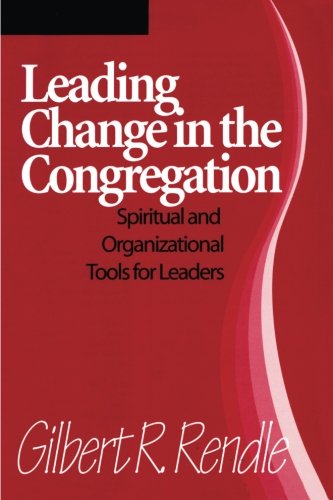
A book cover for Leading Change in the Congregation: Spiritual & Organizational Tools for Leaders; Gilbert R. Rendle; Christian Books & Bibles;